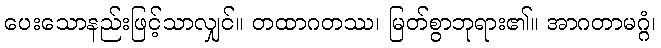
ပေးသောနည်းဖြင့်သာလျှင်။ တထာဂတဿ၊ မြတ်စွာဘုရား၏။ အာဂတာမဂ္ဂံ၊